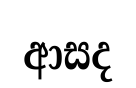
ආසද